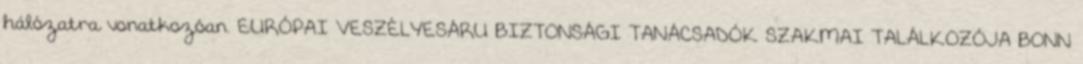
hálózatra vonatkozóan. EURÓPAI VESZÉLYESÁRU BIZTONSÁGI TANÁCSADÓK SZAKMAI TALÁLKOZÓJA BONN